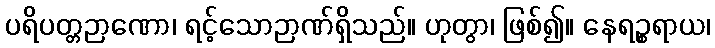
ပရိပတ္တဉာဏော၊ ရင့်သောဉာဏ်ရှိသည်။ ဟုတွာ၊ ဖြစ်၍။ နေရဉ္စရာယ၊